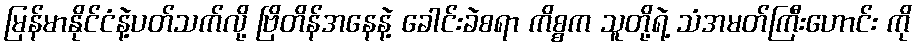
မြန်မာနိုင်ငံနဲ့ပတ်သက်လို့ ဗြိတိန်အနေနဲ့ ခေါင်းခဲစရာ ကိစ္စက သူတို့ရဲ့ သံအမတ်ကြီးဟောင်း ကို